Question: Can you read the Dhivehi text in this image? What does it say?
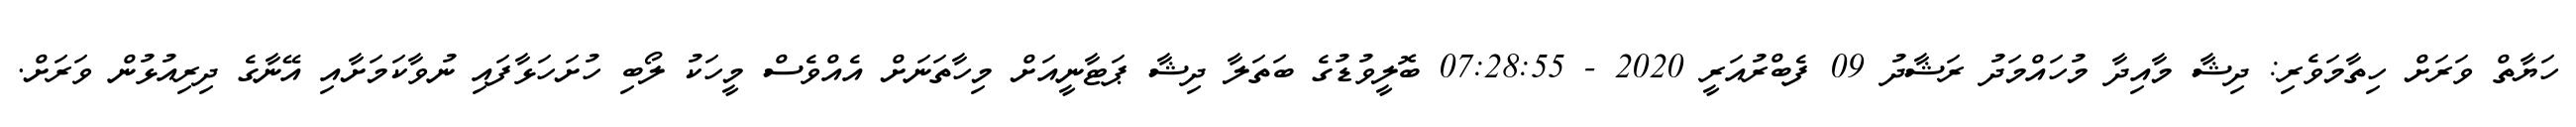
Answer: ހަޔާތް ވަރަށް ހިތާމަވެރި: ދިޝާ މާއިދާ މުހައްމަދު ރަޝާދު 09 ފެބްރުއަރީ 2020 - 07:28:55 ބޮލީވުޑުގެ ބަތަލާ ދިޝާ ޕަޓާނީއަށް މިހާތަނަށް އެއްވެސް މީހަކު ލޯބި ހުށަހަޅާފައި ނުވާކަމަށާއި އޭނާގެ ދިރިއުޅުން ވަރަށް.